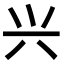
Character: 兴